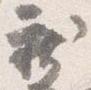
新